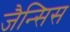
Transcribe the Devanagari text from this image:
जैन्सिस